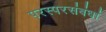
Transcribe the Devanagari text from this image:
परस्परसंबंधां